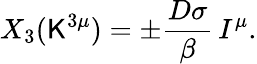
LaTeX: X_{3}(\mathsf{K}^{3\mu})=\pm\frac{{D\sigma}}{{\beta}}\, I^{\mu}.